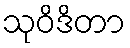
သုဝိဒိတာ